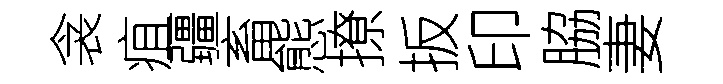
衾疽疆畜態撩扳印脇妻